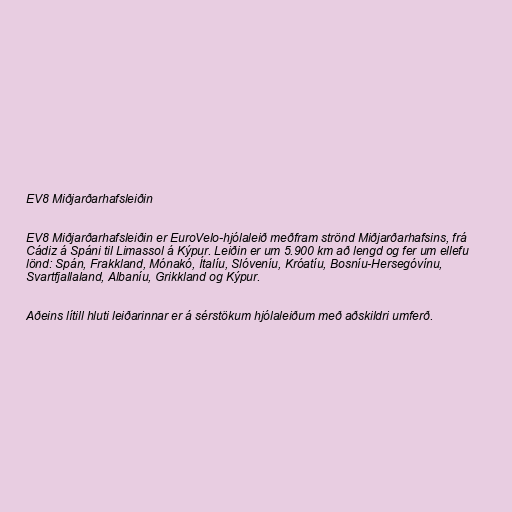
EV8 Miðjarðarhafsleiðin

EV8 Miðjarðarhafsleiðin er EuroVelo-hjólaleið meðfram strönd Miðjarðarhafsins, frá
Cádiz á Spáni til Limassol á Kýpur. Leiðin er um 5.900 km að lengd og fer um ellefu
lönd: Spán, Frakkland, Mónakó, Ítalíu, Slóveníu, Króatíu, Bosníu-Hersegóvínu,
Svartfjallaland, Albaníu, Grikkland og Kýpur.

Aðeins lítill hluti leiðarinnar er á sérstökum hjólaleiðum með aðskildri umferð.